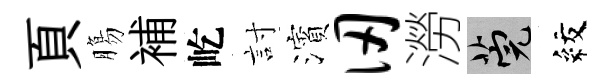
頁膓補屹討濱仞澇筦紋